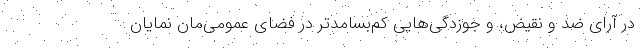
در آرای ضد و نقیض، و جوزدگی‌هایی کم‌بسامدتر در فضای عمومی‌مان نمایان